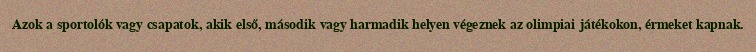
Azok a sportolók vagy csapatok, akik első, második vagy harmadik helyen végeznek az olimpiai játékokon, érmeket kapnak.